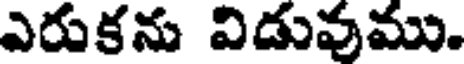
ఎరుకను విడువము.